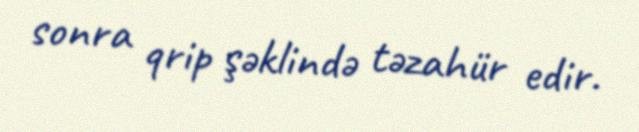
sonra qrip şəklində təzahür edir.